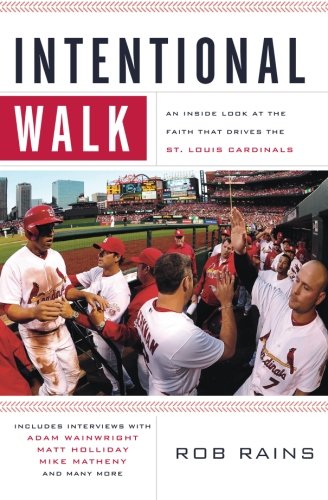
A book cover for Intentional Walk: An Inside Look at the Faith That Drives the St. Louis Cardinals; Rob Rains; Sports & Outdoors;